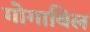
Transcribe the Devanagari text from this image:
गोगाबिल